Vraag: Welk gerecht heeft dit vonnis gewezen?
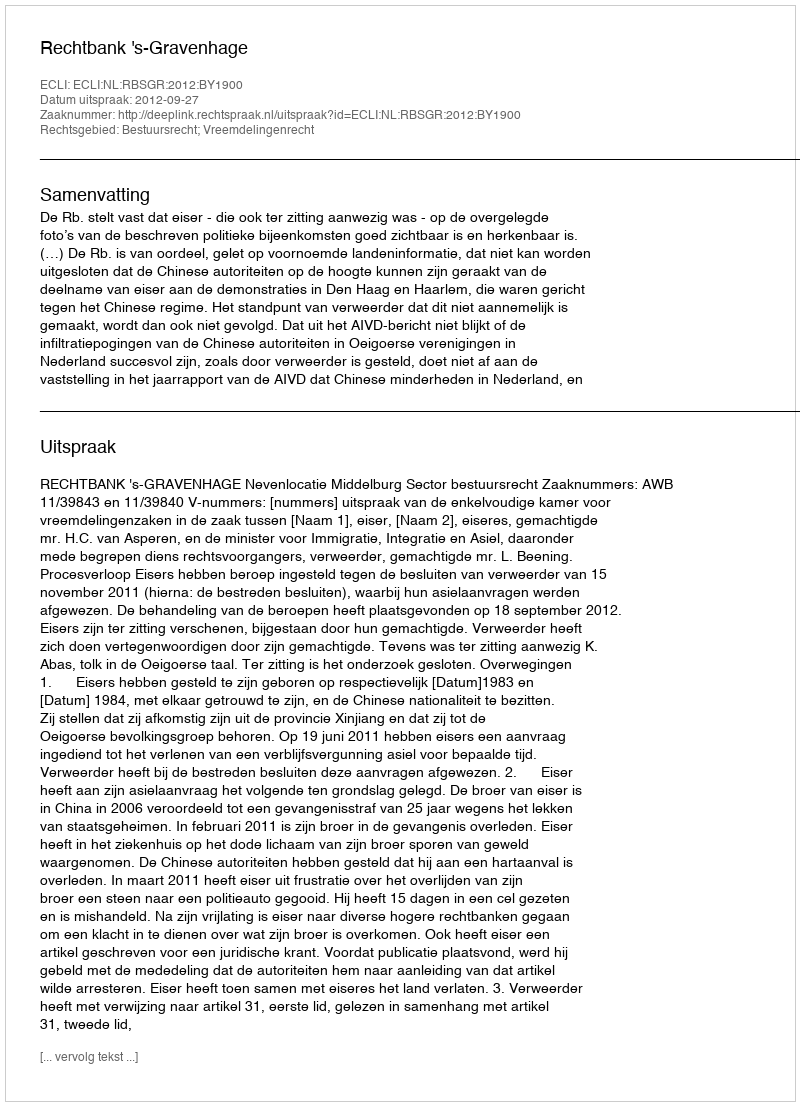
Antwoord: Rechtbank 's-Gravenhage